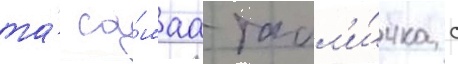
та́ са́маа табл'и́чка с